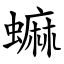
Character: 䗫